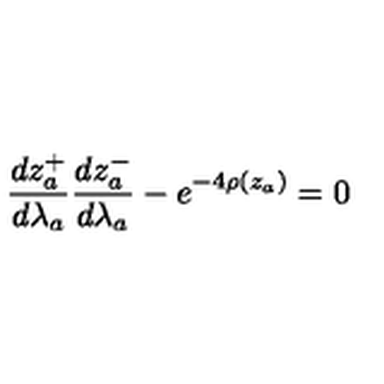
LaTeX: \frac { d z _ { a } ^ { + } } { d \lambda _ { a } } \frac { d z _ { a } ^ { - } } { d \lambda _ { a } } - e ^ { - 4 \rho ( z _ { a } ) } = 0